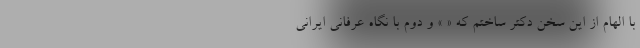
با الهام از این سخن دکتر ساختم که « » و دوم با نگاه عرفانی ایرانی